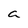
Character: a